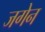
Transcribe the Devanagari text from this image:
जगेन